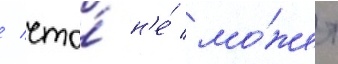
/ что́ н'е́ мо́жет